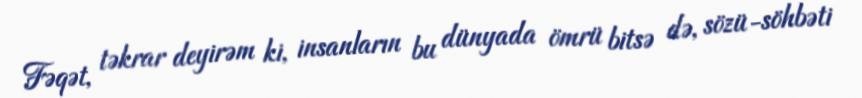
Fəqət, təkrar deyirəm ki, insanların bu dünyada ömrü bitsə də, sözü-söhbəti